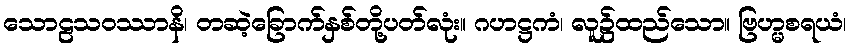
သောဠသဝဿာနိ၊ တဆဲ့ခြောက်နှစ်တို့ပတ်လုံး။ ဂဟဋ္ဌကံ၊ လူ၌ထည်သော။ ဗြဟ္မစရယံ၊